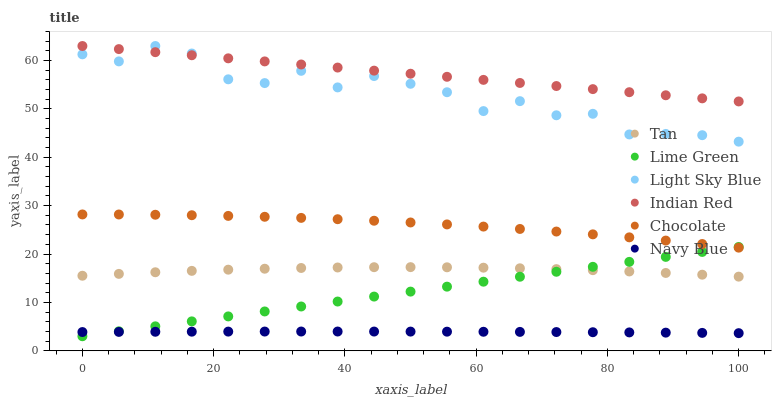
| xaxis_label | Tan | Lime Green | Light Sky Blue | Indian Red | Chocolate | Navy Blue |
 | --- | --- | --- | --- | --- | --- | --- |
 | 0 | 15.5 | 3 | 61.3 | 63 | 28.2 | 3.87 |
 | 5.56 | 15.9 | 4.03 | 59.8 | 62.4 | 28.2 | 3.9 |
 | 11.1 | 16.2 | 5.05 | 63 | 61.7 | 28.1 | 3.93 |
 | 16.7 | 16.5 | 6.08 | 61.4 | 61.1 | 28 | 3.95 |
 | 22.2 | 16.8 | 7.1 | 56.1 | 60.5 | 27.9 | 3.96 |
 | 27.8 | 17 | 8.13 | 55.3 | 59.8 | 27.7 | 3.97 |
 | 33.3 | 17.1 | 9.15 | 57.9 | 59.2 | 27.5 | 3.98 |
 | 38.9 | 17.2 | 10.2 | 54.4 | 58.5 | 27.2 | 3.98 |
 | 44.4 | 17.3 | 11.2 | 56.8 | 57.9 | 26.9 | 3.97 |
 | 50 | 17.3 | 12.2 | 55.2 | 57.3 | 26.5 | 3.96 |
 | 55.6 | 17.3 | 13.3 | 53.4 | 56.6 | 26.1 | 3.95 |
 | 61.1 | 17.2 | 14.3 | 49.5 | 56 | 25.7 | 3.93 |
 | 66.7 | 17 | 15.3 | 51.6 | 55.4 | 25.2 | 3.9 |
 | 72.2 | 16.9 | 16.3 | 48.7 | 54.7 | 24.6 | 3.87 |
 | 77.8 | 16.7 | 17.4 | 49 | 54.1 | 24.1 | 3.83 |
 | 83.3 | 16.4 | 18.4 | 44.7 | 53.5 | 23.4 | 3.79 |
 | 88.9 | 16.1 | 19.4 | 44.8 | 52.8 | 22.8 | 3.75 |
 | 94.4 | 15.7 | 20.4 | 44.6 | 52.2 | 22.1 | 3.7 |
 | 100 | 15.3 | 21.5 | 43.2 | 51.5 | 21.3 | 3.64 |